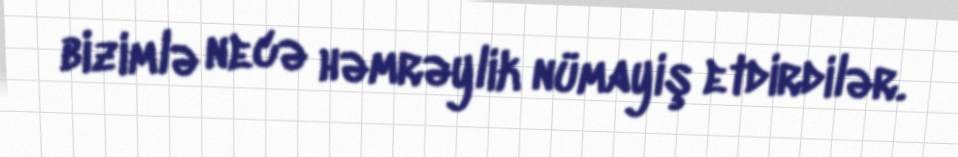
bizimlə necə həmrəylik nümayiş etdirdilər.